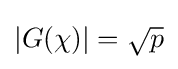
|G(\chi )|={\sqrt {p}}